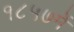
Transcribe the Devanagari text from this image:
१८५७में